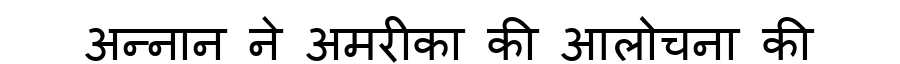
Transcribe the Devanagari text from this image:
अन्नान ने अमरीका की आलोचना की